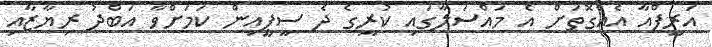
އަރީފްއާ އެއްގޮތަށް އެ މައްސަލާގައި ކުރީގެ ދެ ސީޕީއިން ކަމަށްވާ އަބްދު ރިޔާޒާއި